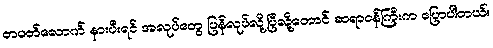
တပတ်လောက် နားပီးရင် အလုပ်တွေ ပြန်လုပ်လို့ပြီလို့တောင် ဆရာဝန်ကြီးက ပြောပါတယ်။